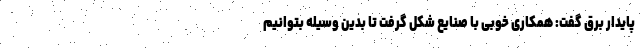
پایدار برق گفت: همکاری خوبی با صنایع شکل گرفت تا بدین وسیله بتوانیم